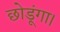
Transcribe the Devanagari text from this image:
छोडूंगा।